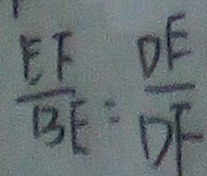
\frac { E F } { B E } = \frac { D E } { D F }